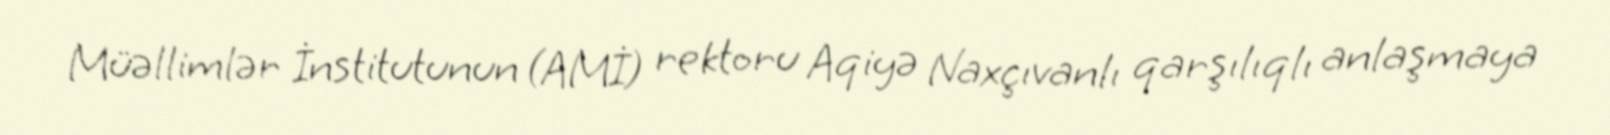
Müəllimlər İnstitutunun (AMİ) rektoru Aqiyə Naxçıvanlı qarşılıqlı anlaşmaya